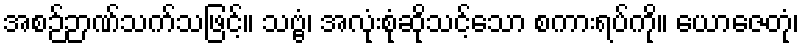
အစဉ်ဉာဏ်သက်သဖြင့်။ သဗ္ဗံ၊ အလုံးစုံဆိုသင့်သော စကားရပ်ကို။ ယောဇေတုံ၊